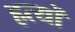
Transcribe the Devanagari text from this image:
हत्यों